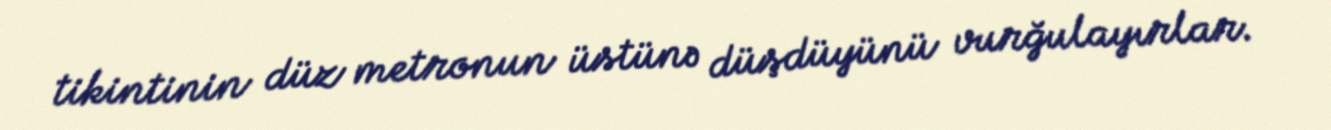
tikintinin düz metronun üstünə düşdüyünü vurğulayırlar.